Code of medical and sanitary regulations for the guidance of medical officers serving in the Madras Presidency - Volume I
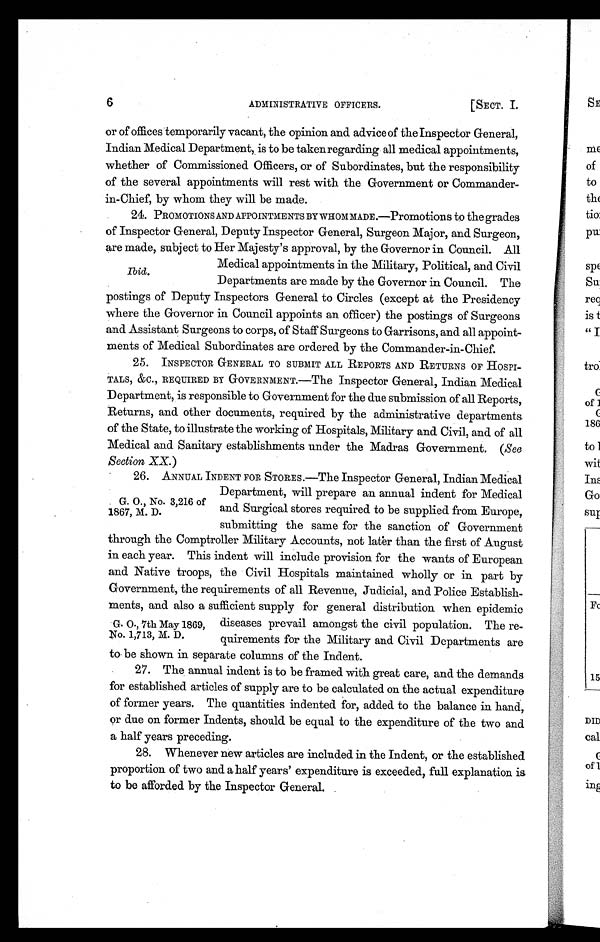
6
ADMINISTRATIVE OFFICERS.
[ SECT. I.
or of offices temporarily vacant, the opinion and advice of the Inspector General,
Indian Medical Department, is to be taken regarding all medical appointments,
whether of Commissioned Officers, or of Subordinates, but the responsibility
of the several appointments will rest with the Government or Commander-
in-Chief, by whom they will be made.
24. PROMOTIONS AND APPOINTMENTS BY WHOM MADE.—Promotions to the grades
of Inspector General, Deputy Inspector General, Surgeon Major, and Surgeon,
are made, subject to Her Majesty's approval, by the Governor in Council. All
Medical appointments in the Military, Political, and Civil
Departments are made by the Governor in Council. The
postings of Deputy Inspectors General to Circles (except at the Presidency
where the Governor in Council appoints an officer) the postings of Surgeons
and Assistant Surgeons to corps, of Staff Surgeons to Garrisons, and all appoint-
ments of Medical Subordinates are ordered by the Commander-in-Chief.
25. INSPECTOR GENERAL TO SUBMIT ALL REPORTS AND RETURNS OF HOSPI-
TALS, &C., REQUIRED BY GOVERNMENT.—The Inspector General, Indian Medical
Department, is responsible to Government for the due submission of all Reports,
Returns, and other documents, required by the administrative departments.
of the State, to illustrate the working of Hospitals, Military and Civil, and of all
Medical and Sanitary establishments under the Madras Government. (See
Section, XX.)
26. ANNUAL INDENT FOR STORES.—The Inspector General, Indian Medical
Department, will prepare an annual indent for Medical
and Surgical stores required to be supplied from Europe,
submitting the same for the sanction of Government
through the Comptroller Military Accounts, not later than the first of August
in each year. This indent will include provision for the wants of European
and Native troops, the Civil Hospitals maintained wholly or in part by
Government, the requirements of all Revenue, Judicial, and Police Establish-
ments, and also a sufficient supply for general distribution when epidemic
diseases prevail amongst the civil population. The re-
quirements for the Military and Civil Departments are
to- be shown in separate columns of the Indent.
27. The annual indent is to be framed with great care, and the demands
for established articles of supply are to be calculated on the actual expenditure
of former years. The quantities indented for, added to the balance in hand,
or due on former Indents, should be equal to the expenditure of the two and
a half years preceding.
28. Whenever new articles are included in the Indent, or the established
proportion of two and a half years' expenditure is exceeded, full explanation is
to be afforded by the Inspector General.
Ibid
G. O. , No 3, 216 of 1867, M. D.
G. O., 7th May 1869,
No 1,713, M.D.